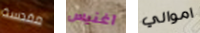
مقدسة آغنيس اموالي